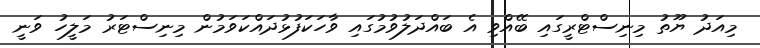
މިއަދު ޔޫތު މިނިސްޓްރީގައި ބޭއްވި އެ ބައްދަލުވުމުގައި ވާހަކަފުޅުދައްކަވަމުން މިނިސްޓަރު މަލީހު ވަނީ